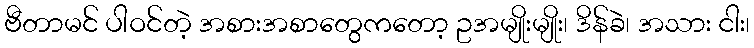
ဗီတာမင် ပါဝင်တဲ့ အစားအစာတွေကတော့ ဥအမျိုးမျိုး၊ ဒိန်ခဲ၊ အသား ငါး၊